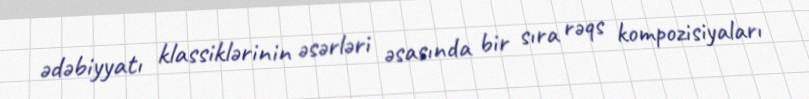
ədəbiyyatı klassiklərinin əsərləri əsasında bir sıra rəqs kompozisiyaları